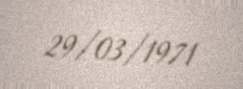
29/03/1971